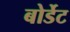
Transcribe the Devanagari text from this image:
बोर्डेट